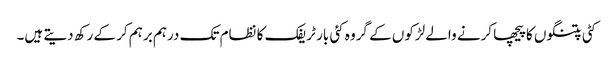
کٹی پتنگوں کا پیچھا کرنے والے لڑکوں کے گروہ کئی بار ٹریفک کا نظام تک درہم برہم کر کے رکھ دیتے ہیں۔